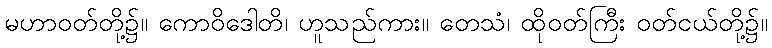
မဟာဝတ်တို့၌။ ကောဝိဒေါတိ၊ ဟူသည်ကား။ တေသံ၊ ထိုဝတ်ကြီး ဝတ်ငယ်တို့၌။